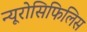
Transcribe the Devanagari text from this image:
न्यूरोसिफिलिस